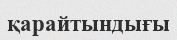
қарайтындығы